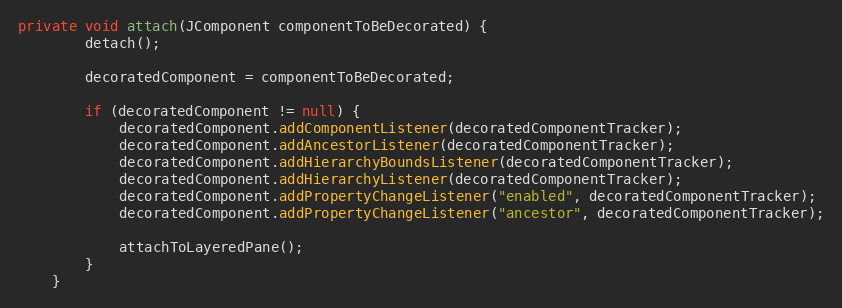
Language: Java
private void attach(JComponent componentToBeDecorated) {
        detach();

        decoratedComponent = componentToBeDecorated;

        if (decoratedComponent != null) {
            decoratedComponent.addComponentListener(decoratedComponentTracker);
            decoratedComponent.addAncestorListener(decoratedComponentTracker);
            decoratedComponent.addHierarchyBoundsListener(decoratedComponentTracker);
            decoratedComponent.addHierarchyListener(decoratedComponentTracker);
            decoratedComponent.addPropertyChangeListener("enabled", decoratedComponentTracker);
            decoratedComponent.addPropertyChangeListener("ancestor", decoratedComponentTracker);

            attachToLayeredPane();
        }
    }